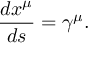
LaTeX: \frac { d x ^ { \mu } } { d s } = \gamma ^ { \mu } .